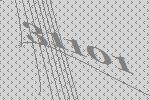
31101